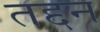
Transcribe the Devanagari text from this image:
तद्दन